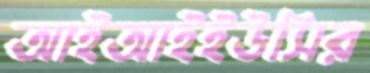
আইআইইউসির